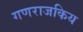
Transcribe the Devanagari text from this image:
गणराजकिय